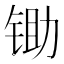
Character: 锄